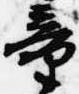
童